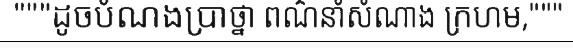
"""ដូចបំណងប្រាថ្នា ពណ៌នាំសំណាង ក្រហម,"""